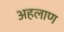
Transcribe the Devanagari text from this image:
अहलाण